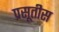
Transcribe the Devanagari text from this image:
प्रसूतीस